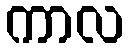
ကာလ